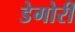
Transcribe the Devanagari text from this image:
डेगोरी